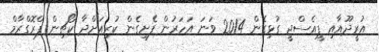
އުރީދޫއާއި ޕީއެސްޖީ ގުޅިގެން 2014 ވަނަ އަހަރުން ފެށިގެން ކުރިއަށްދާ ކޯޗިން ޕްރޮގްރާމް